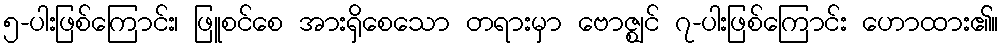
၅-ပါးဖြစ်ကြောင်း၊ ဖြူစင်စေ အားရှိစေသော တရားမှာ ဗောဇ္ဈင် ၇-ပါးဖြစ်ကြောင်း ဟောထား၏။